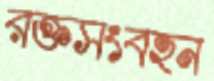
রক্তসংবহন